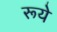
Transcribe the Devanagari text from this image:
रूये